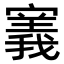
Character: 𫴌